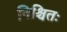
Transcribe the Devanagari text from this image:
निश्चितः